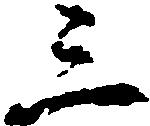
三